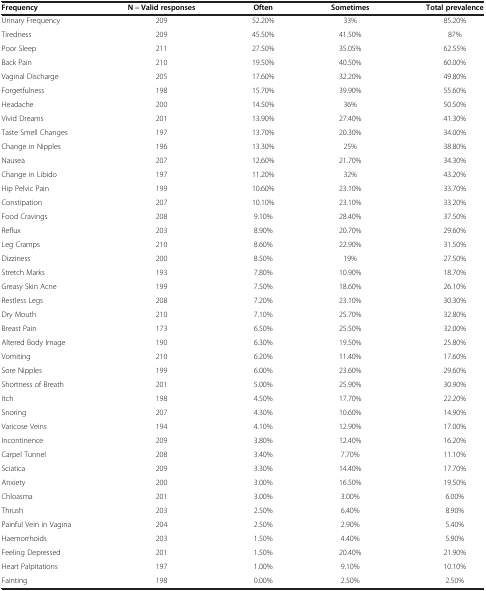
<table><thead><tr><td><b>Frequency</b></td><td><b>N = Valid responses</b></td><td><b>Often</b></td><td><b>Sometimes</b></td><td><b>Total prevalence</b></td></tr></thead><tbody><tr><td>Urinary Frequency</td><td>209</td><td>52.20%</td><td>33%</td><td>85.20%</td></tr><tr><td>Tiredness</td><td>209</td><td>45.50%</td><td>41.50%</td><td>87%</td></tr><tr><td>Poor Sleep</td><td>211</td><td>27.50%</td><td>35.05%</td><td>62.55%</td></tr><tr><td>Back Pain</td><td>210</td><td>19.50%</td><td>40.50%</td><td>60.00%</td></tr><tr><td>Vaginal Discharge</td><td>205</td><td>17.60%</td><td>32.20%</td><td>49.80%</td></tr><tr><td>Forgetfulness</td><td>198</td><td>15.70%</td><td>39.90%</td><td>55.60%</td></tr><tr><td>Headache</td><td>200</td><td>14.50%</td><td>36%</td><td>50.50%</td></tr><tr><td>Vivid Dreams</td><td>201</td><td>13.90%</td><td>27.40%</td><td>41.30%</td></tr><tr><td>Taste Smell Changes</td><td>197</td><td>13.70%</td><td>20.30%</td><td>34.00%</td></tr><tr><td>Change in Nipples</td><td>196</td><td>13.30%</td><td>25%</td><td>38.80%</td></tr><tr><td>Nausea</td><td>207</td><td>12.60%</td><td>21.70%</td><td>34.30%</td></tr><tr><td>Change in Libido</td><td>197</td><td>11.20%</td><td>32%</td><td>43.20%</td></tr><tr><td>Hip Pelvic Pain</td><td>199</td><td>10.60%</td><td>23.10%</td><td>33.70%</td></tr><tr><td>Constipation</td><td>207</td><td>10.10%</td><td>23.10%</td><td>33.20%</td></tr><tr><td>Food Cravings</td><td>208</td><td>9.10%</td><td>28.40%</td><td>37.50%</td></tr><tr><td>Reflux</td><td>203</td><td>8.90%</td><td>20.70%</td><td>29.60%</td></tr><tr><td>Leg Cramps</td><td>210</td><td>8.60%</td><td>22.90%</td><td>31.50%</td></tr><tr><td>Dizziness</td><td>200</td><td>8.50%</td><td>19%</td><td>27.50%</td></tr><tr><td>Stretch Marks</td><td>193</td><td>7.80%</td><td>10.90%</td><td>18.70%</td></tr><tr><td>Greasy Skin Acne</td><td>199</td><td>7.50%</td><td>18.60%</td><td>26.10%</td></tr><tr><td>Restless Legs</td><td>208</td><td>7.20%</td><td>23.10%</td><td>30.30%</td></tr><tr><td>Dry Mouth</td><td>210</td><td>7.10%</td><td>25.70%</td><td>32.80%</td></tr><tr><td>Breast Pain</td><td>173</td><td>6.50%</td><td>25.50%</td><td>32.00%</td></tr><tr><td>Altered Body Image</td><td>190</td><td>6.30%</td><td>19.50%</td><td>25.80%</td></tr><tr><td>Vomiting</td><td>210</td><td>6.20%</td><td>11.40%</td><td>17.60%</td></tr><tr><td>Sore Nipples</td><td>199</td><td>6.00%</td><td>23.60%</td><td>29.60%</td></tr><tr><td>Shortness of Breath</td><td>201</td><td>5.00%</td><td>25.90%</td><td>30.90%</td></tr><tr><td>Itch</td><td>198</td><td>4.50%</td><td>17.70%</td><td>22.20%</td></tr><tr><td>Snoring</td><td>207</td><td>4.30%</td><td>10.60%</td><td>14.90%</td></tr><tr><td>Varicose Veins</td><td>194</td><td>4.10%</td><td>12.90%</td><td>17.00%</td></tr><tr><td>Incontinence</td><td>209</td><td>3.80%</td><td>12.40%</td><td>16.20%</td></tr><tr><td>Carpel Tunnel</td><td>208</td><td>3.40%</td><td>7.70%</td><td>11.10%</td></tr><tr><td>Sciatica</td><td>209</td><td>3.30%</td><td>14.40%</td><td>17.70%</td></tr><tr><td>Anxiety</td><td>200</td><td>3.00%</td><td>16.50%</td><td>19.50%</td></tr><tr><td>Chloasma</td><td>201</td><td>3.00%</td><td>3.00%</td><td>6.00%</td></tr><tr><td>Thrush</td><td>203</td><td>2.50%</td><td>6.40%</td><td>8.90%</td></tr><tr><td>Painful Vein in Vagina</td><td>204</td><td>2.50%</td><td>2.90%</td><td>5.40%</td></tr><tr><td>Haemorrhoids</td><td>203</td><td>1.50%</td><td>4.40%</td><td>5.90%</td></tr><tr><td>Feeling Depressed</td><td>201</td><td>1.50%</td><td>20.40%</td><td>21.90%</td></tr><tr><td>Heart Palpitations</td><td>197</td><td>1.00%</td><td>9.10%</td><td>10.10%</td></tr><tr><td>Fainting</td><td>198</td><td>0.00%</td><td>2.50%</td><td>2.50%</td></tr></tbody></table>